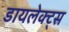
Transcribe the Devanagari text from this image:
डायलेक्ट्स